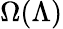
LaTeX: \Omega(\Lambda)